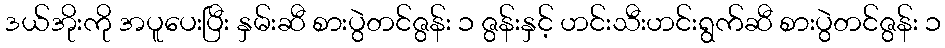
ဒယ်အိုးကို အပူပေးပြီး နှမ်းဆီ စားပွဲတင်ဇွန်း ၁ ဇွန်းနှင့် ဟင်းသီးဟင်းရွက်ဆီ စားပွဲတင်ဇွန်း ၁